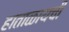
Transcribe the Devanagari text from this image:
हाताळायची